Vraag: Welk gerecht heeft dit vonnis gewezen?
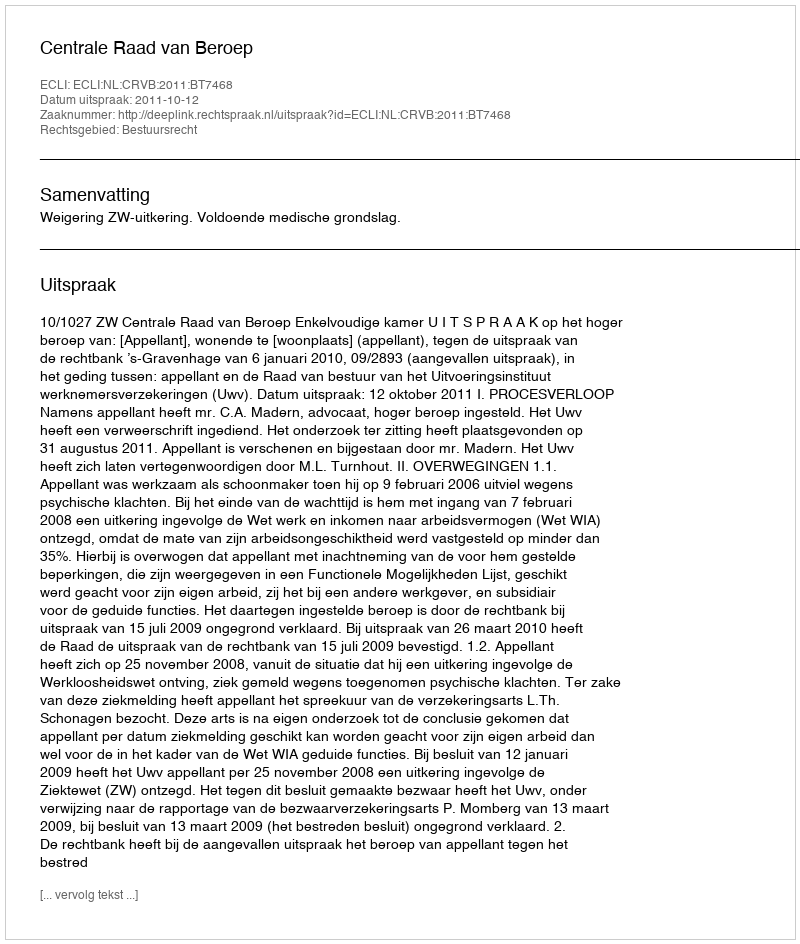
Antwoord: Centrale Raad van Beroep